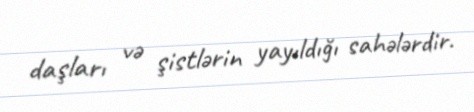
daşları və şistlərin yayıldığı sahələrdir.